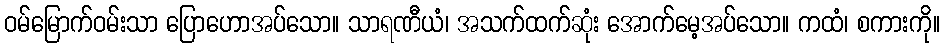
ဝမ်မြောက်ဝမ်းသာ ပြောဟောအပ်သော။ သာရဏီယံ၊ အသက်ထက်ဆုံး အောက်မေ့အပ်သော။ ကထံ၊ စကားကို။